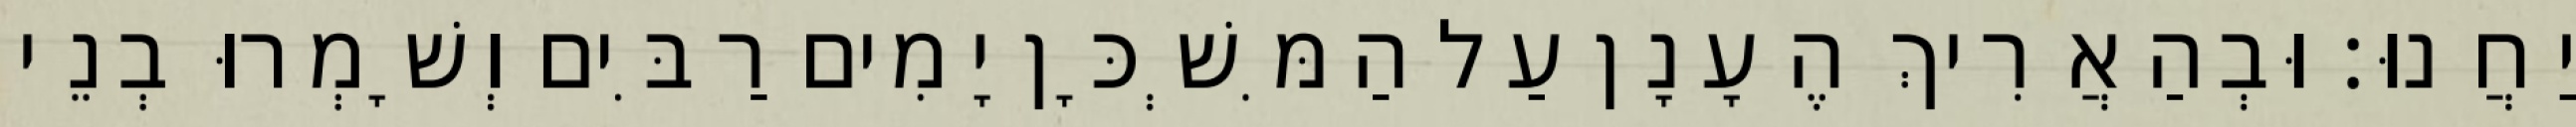
יַחֲנוּ׃ וּבְהַאֲרִיךְ הֶעָנָן עַל הַמִּשְׁכָּן יָמִים רַבִּים וְשָׁמְרוּ בְנֵי